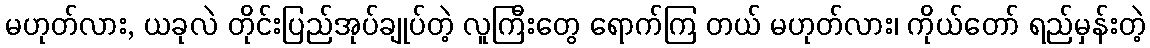
မဟုတ်လား, ယခုလဲ တိုင်းပြည်အုပ်ချုပ်တဲ့ လူကြီးတွေ ရောက်ကြ တယ် မဟုတ်လား၊ ကိုယ်တော် ရည်မှန်းတဲ့